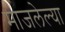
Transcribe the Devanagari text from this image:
माजलेल्या